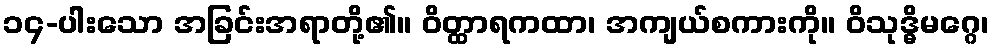
၁၄-ပါးသော အခြင်းအရာတို့၏။ ဝိတ္ထာရကထာ၊ အကျယ်စကားကို။ ဝိသုဒ္ဓိမဂ္ဂေ၊